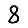
Digit: 8